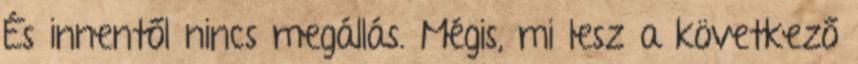
És innentől nincs megállás. Mégis, mi lesz a következő